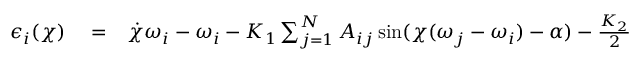
\begin{array} { r l r } { \epsilon _ { i } ( \chi ) } & { { } = } & { \dot { \chi } \omega _ { i } - \omega _ { i } - K _ { 1 } \sum _ { j = 1 } ^ { N } A _ { i j } \sin ( \chi ( \omega _ { j } - \omega _ { i } ) - \alpha ) - \frac { K _ { 2 } } { 2 } } \end{array}